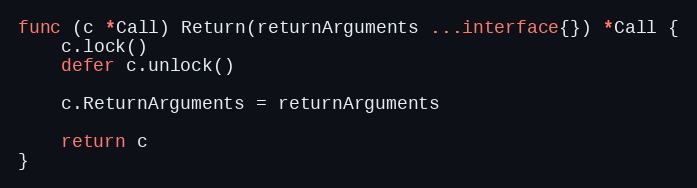
Language: Go
func (c *Call) Return(returnArguments ...interface{}) *Call {
	c.lock()
	defer c.unlock()

	c.ReturnArguments = returnArguments

	return c
}